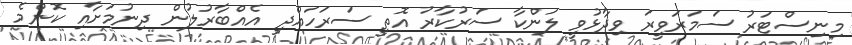
މިނިސްޓަރު ސަމަރަވީރަ ވިދާޅުވީ ލަންކާ ސަރުކާރު އޮތީ ސަރަހައްދީ އެއްބާރުލުން ދިނުމަށާއި ކޮންމެ